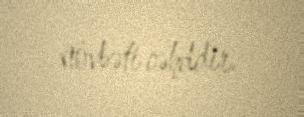
növbəti cəhddir.